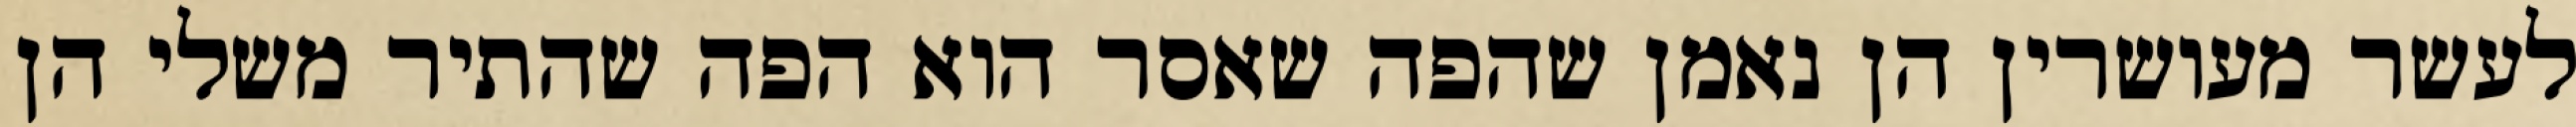
לעשר מעושרין הן נאמן שהפה שאסר הוא הפה שהתיר משלי הן